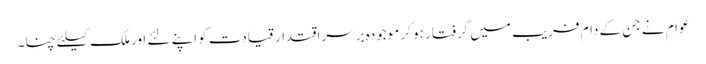
عوام نے جن کے دام فریب میں گرفتار ہو کر موجودہ برسراقتدار قیادت کو اپنے لئے اور ملک کیلئے چنا۔